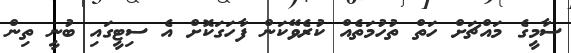
ސާމީގެ މައްޗަށް ހަތް ތުހުމަތެއް ކުރެވޭކަން ފާހަގަކޮށް އެ ސިޓީގައި ބުނީ ތިން